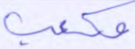
مكعب